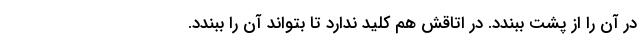
در آن را از پشت ببندد. در اتاقش هم کلید ندارد تا بتواند آن را ببندد.